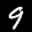
Label: 9